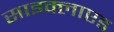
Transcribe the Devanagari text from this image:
साइक्लाएड